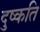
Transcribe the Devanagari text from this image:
दुष्‍कति